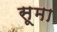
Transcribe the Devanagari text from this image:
सूमा